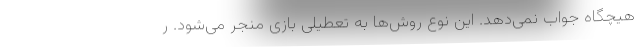
هیچگاه جواب نمی‌دهد. این نوع روش‌ها به تعطیلی بازی منجر می‌شود. ر